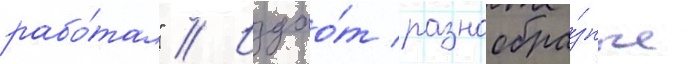
рабо́тал" // Издао́т разнообра́зные